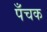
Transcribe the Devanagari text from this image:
पँचक